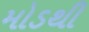
મોડથી